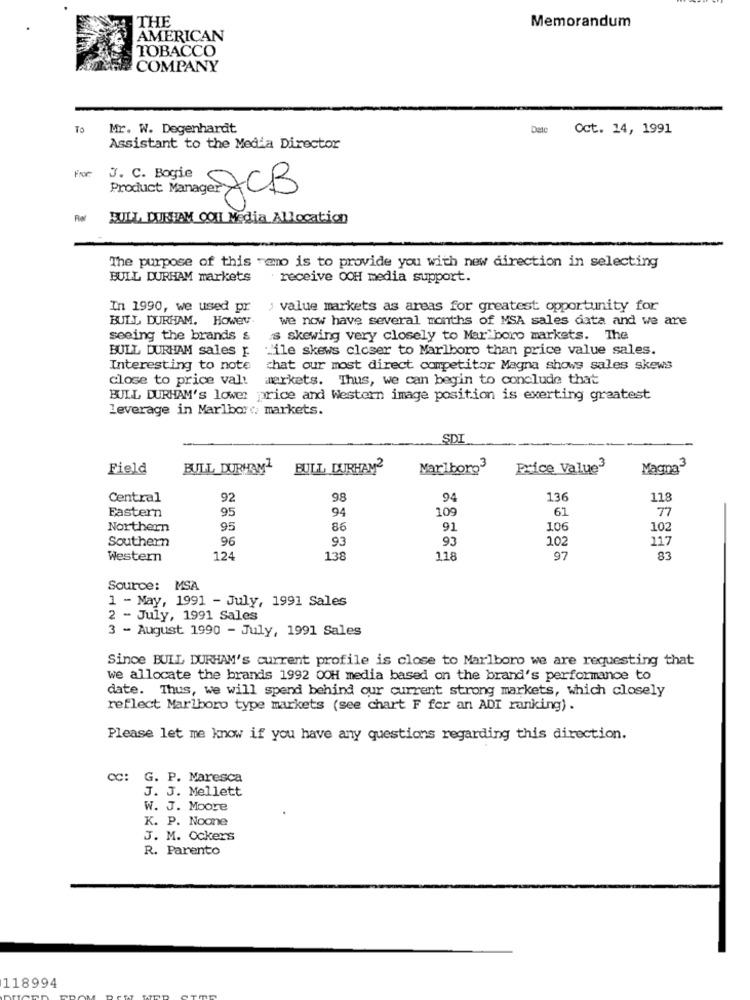
THE
Memorandum
AMERICAN
TOBACCO
COMPANY
To
Mr. W. Degenhardt
Oct. 14, 1991
Assistant to the Media Director
From
J. C. Bogie
JCB
BULL DURHAM CON Media Allocation
The purpose of this -amo is to provide you with new direction in selecting
BULL DURHAM markets
receive OOH media support.
In 1990, we used pr
> value markets as areas for greatest opportunity for
BULL DURHAM. Howev.
we now have several months of MSA sales data and we are
seeing the brands s
s skewing very closely to Mar boro markets. The
BULL DURHAM sales F.
"ile skews closer to Marlboro than price value sales.
Interesting to note
chat our most direct competitor Magna shows sales skews
close to price val!
markets. Thus, we can begin to conclude that
BULL DURHAM's lower price and Western image position is exerting greatest
leverage in Marlboro, markets.
SDI
Field
BULL DURHAM
BULL DURHAM2
Marlboro3
price Value-
Magna3
Central
92
98
94
136
118
Eastern
94
109
61
77
95
Northern
95
86
91
106
102
Southern
96
93
93
102
117
Western
124
138
118
97
83
Source: MSA
1 - May, 1991 - July, 1991 Sales
2 - July, 1991 Sales
3 - August 1990 - July, 1991 Sales
Since BULL DURHAM's current profile is close to Marlboro we are requesting that
we allocate the brands 1992 OOH media based on the brand's performance to
date. Thus, we will spend behind our current strong markets, which closely
reflect Marlboro type markets (see chart F for an ADI ranking) .
Please let me know if you have any questions regarding this direction.
CC: G. P. Maresca
J. J. Mellett
W. J. Moore
K. P. Noone
J. M. Ockers
R. Parento
118994